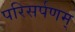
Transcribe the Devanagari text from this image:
परिसर्पणम्